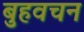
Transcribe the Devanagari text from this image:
बुहवचन